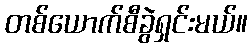
တစ်ယောက်စီခွဲရှင်းမယ်။